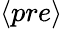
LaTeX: \langle pre\rangle